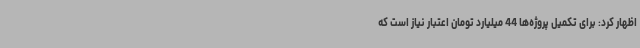
اظهار کرد: برای تکمیل پروژه‌ها 44 میلیارد تومان اعتبار نیاز است که